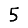
Digit: 5